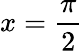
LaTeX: x={\frac{\pi}{2}}